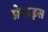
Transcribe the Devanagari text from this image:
प्रेमाइस